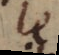
le